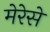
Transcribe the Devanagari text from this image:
मेरेसे